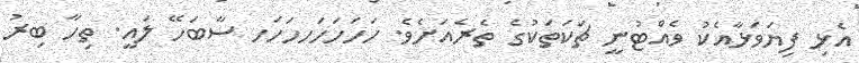
އެޅި ފިޔަވަޅާއެކު ވެއްޓުނީ ޗަކަތަކުގެ ތެރެއަށެވެ. ހަހަހަހަހހަހަހ ސާބަހޭ ލައީ. ތިހާ ބިރު